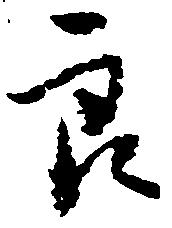
良